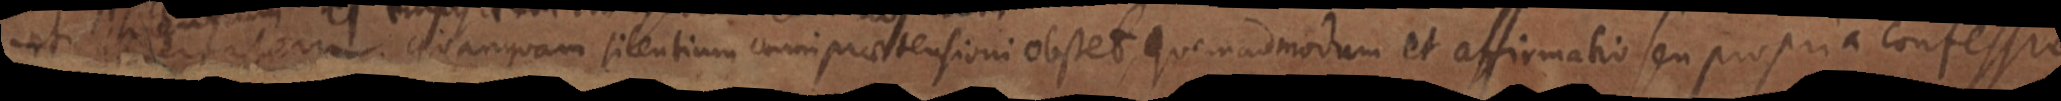
quanquam silentium omni praetensioni obstet, quemadmodum et affirmatio seu propria confessio.